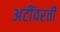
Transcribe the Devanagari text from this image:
अटींवरती